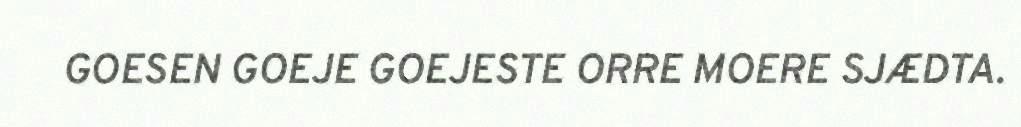
GOESEN GOEJE GOEJESTE ORRE MOERE SJÆDTA.